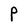
Character: P